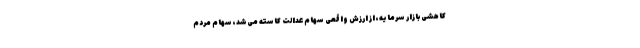
کاهشی بازار سرمایه، از ارزش واقعی سهام عدالت کاسته می‌شد، سهام مردم